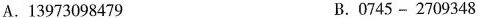
A.13973098479 B.0745-2709348